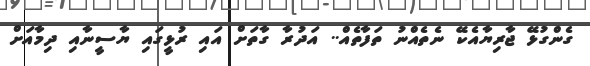
ގެންގުޅޭ ޖާރިޔާއެކޭ ނެތެއްނު ތަފާތެއް.. އަދުރާ ގާތަށް އައި ރުޅީގައި ޔާސީނާއި ދިމާއަށް